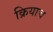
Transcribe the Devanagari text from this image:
क्रियाच